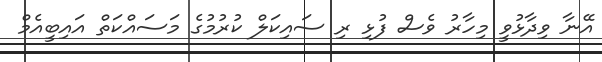
އޭނާ ވިދާޅުވީ މިހާރު ވެސް ފުޅި ރި ސައިކަލް ކުރުމުގެ މަސައްކަތް އައިބީއެމް